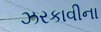
ઝરકાવીના